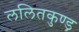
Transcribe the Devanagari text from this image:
ललितकुण्ड